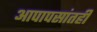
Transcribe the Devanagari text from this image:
आपापसांतही